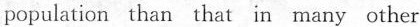
population than that in many other